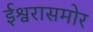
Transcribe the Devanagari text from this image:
ईश्वरासमोर